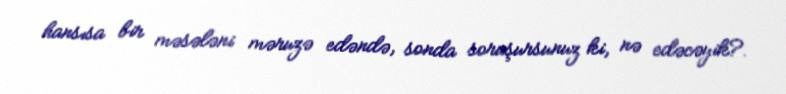
hansısa bir məsələni məruzə edəndə, sonda soruşursunuz ki, nə edəcəyik?.